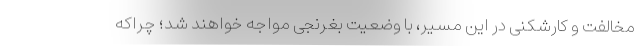
مخالفت و کارشکنی در این مسیر، با وضعیت بغرنجی مواجه خواهند شد؛ چراکه